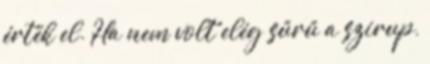
érték el. Ha nem volt elég sűrű a szirup,